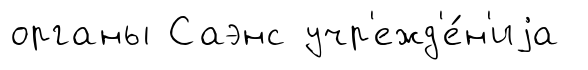
органы Саэнс учр'ежд'е́н'иjа